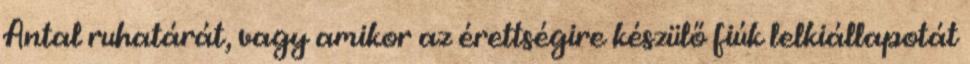
Antal ruhatárát, vagy amikor az érettségire készülő fiúk lelkiállapotát